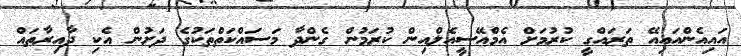
އައިއެންއައިއޭ ތަރައްގީ ކުރުމަށް އެމްއޭސީއެލްއިން ކުރަމުން ގެންދާ މަސައްކަތްތަކުގެ ދަށުން އެކި ދާއިރާތައް